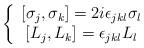
LaTeX: \begin{align*}\left\{\begin{array}[c]{c}\left[ \sigma_{j},\sigma_{k}\right] =2i\epsilon_{jkl}\sigma_{l}\\\left[ L_{j},L_{k}\right] =\epsilon_{jkl}L_{l}\end{array}\right. \end{align*}